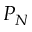
P _ { N }